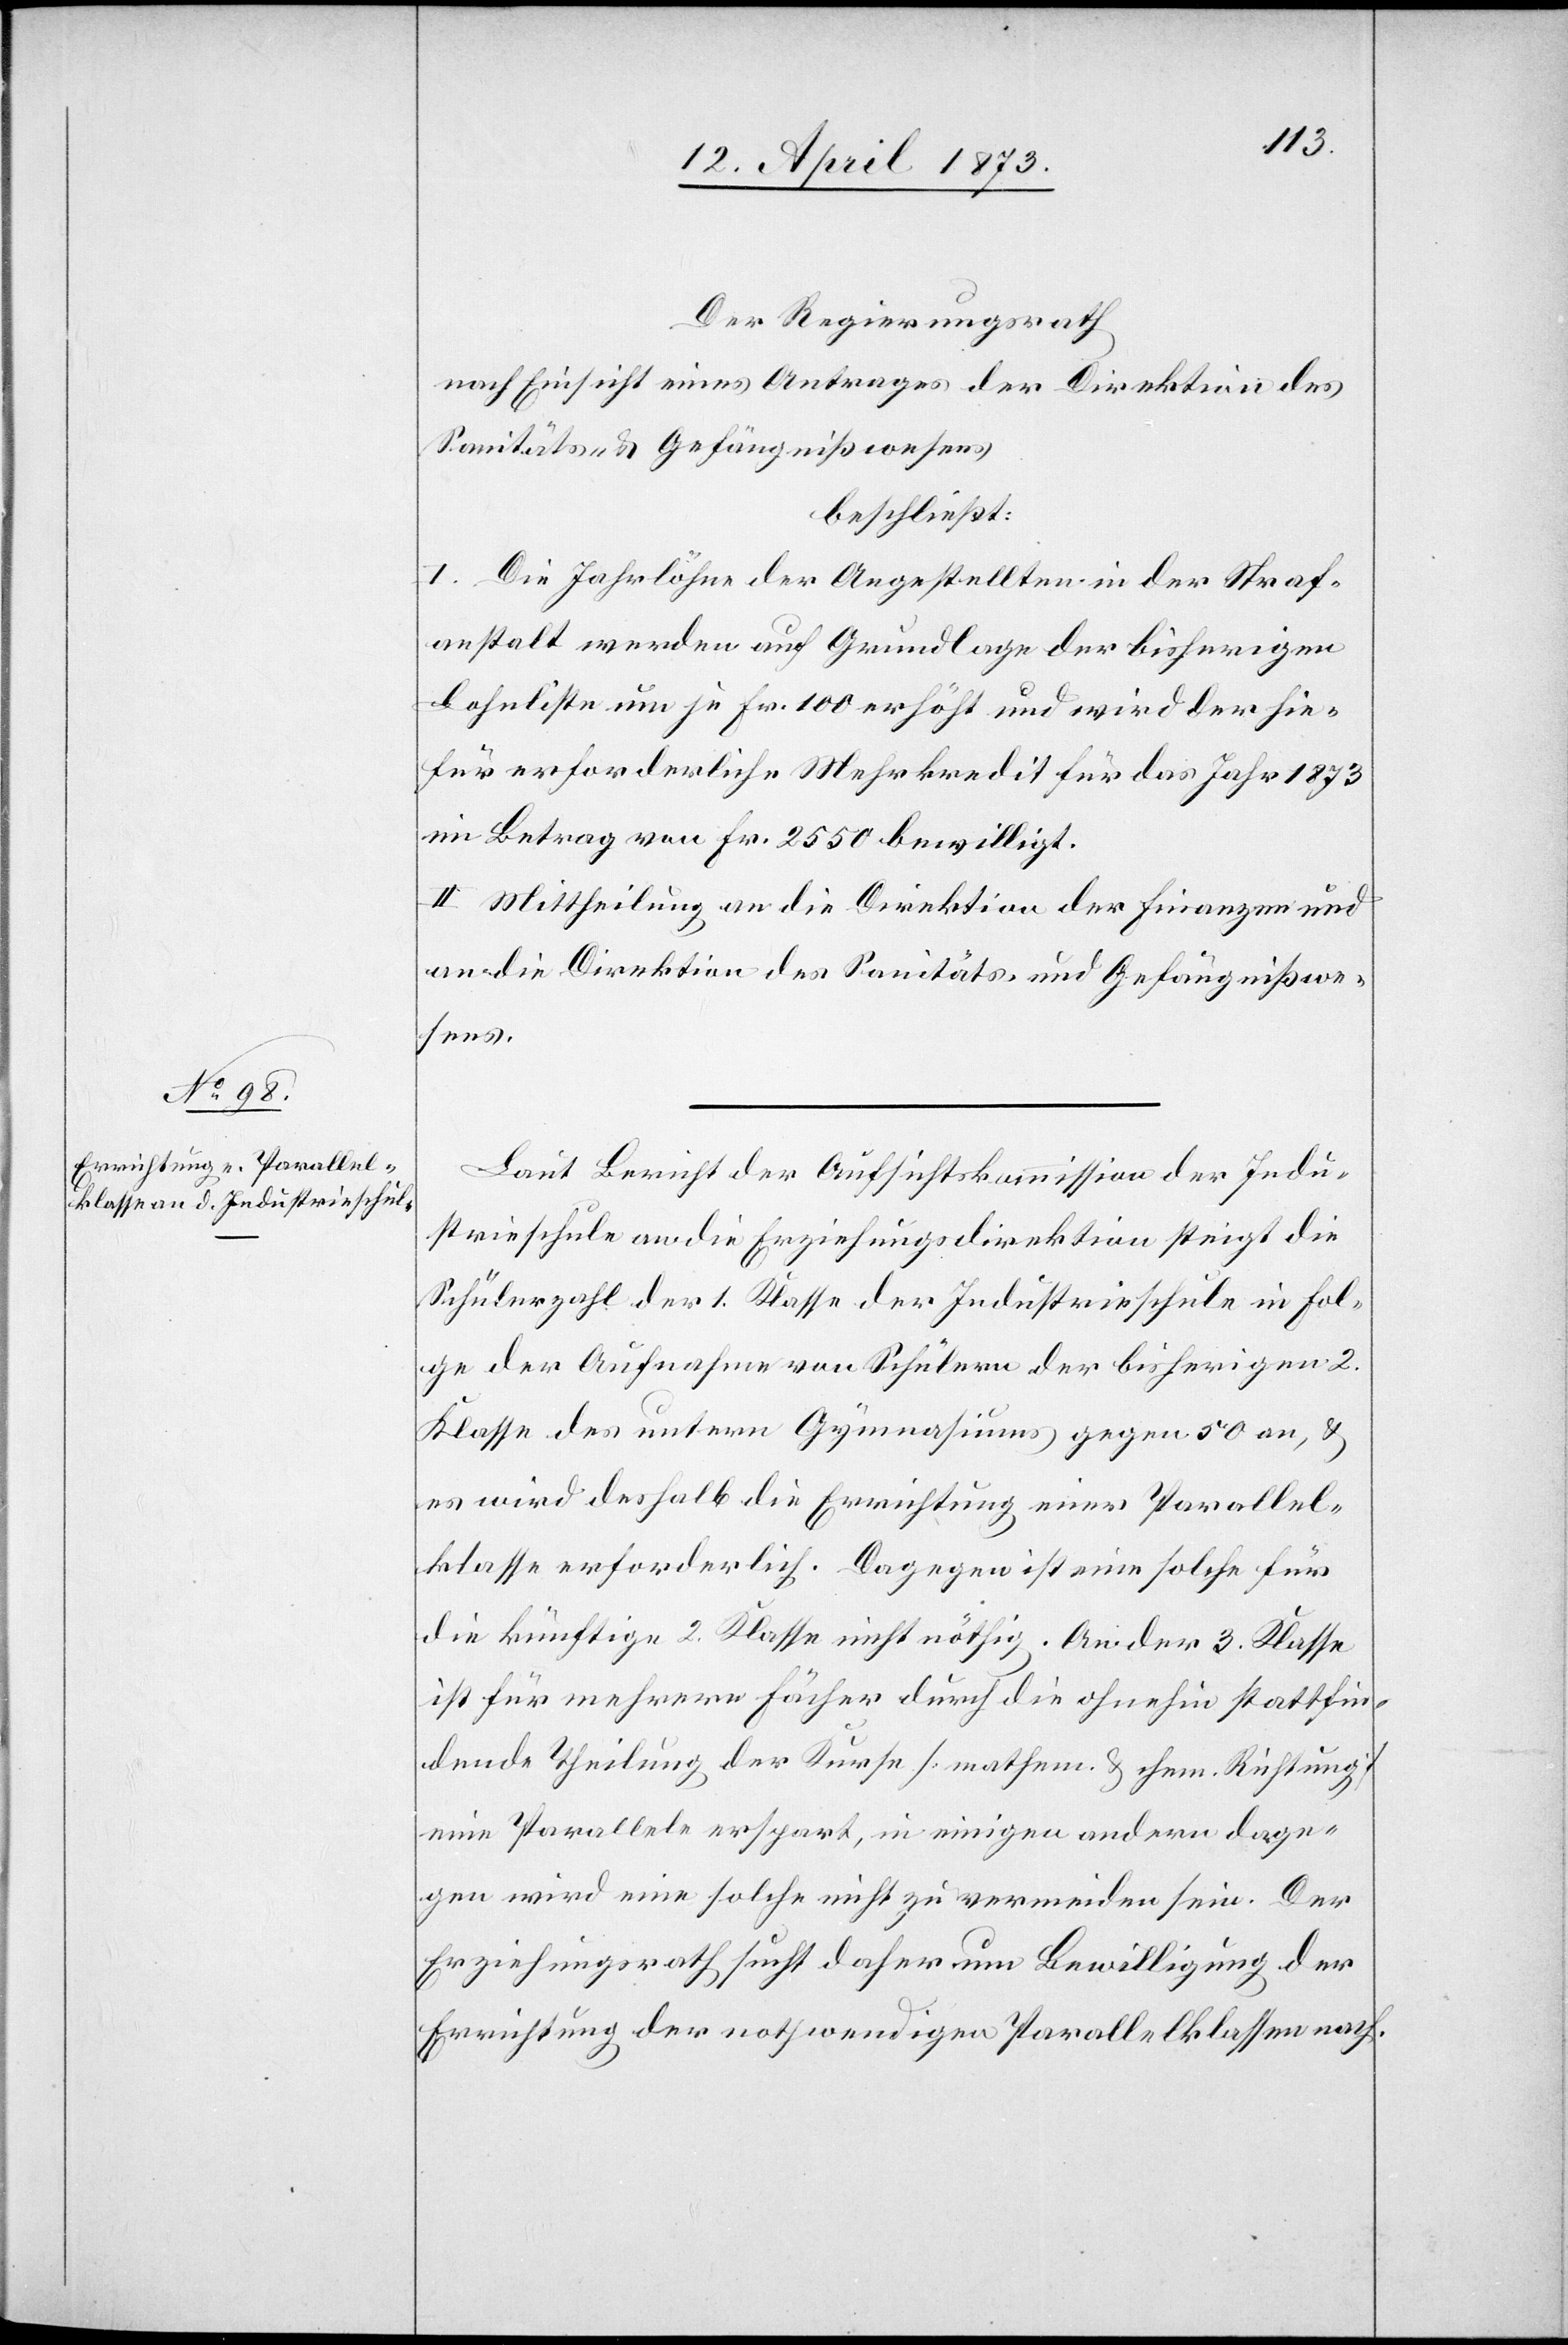
Der Regierungsrath,
nach Einsicht eines Antrages der Direktion des
Sanitäts- & Gefängniswesens
beschließt:
I. Die Jahrlöhne der Angestellten in der Straf¬
anstalt werden auf Grundlage der bisherigen
Lohnliste um je Fr. 100 erhöht und wird der hie¬
für erforderliche Mehrkredit für das Jahr 1873
im Betrag von Fr. 2550 bewilligt.
II. Mittheilung an die Direktion der Finanzen und
an die Direktion des Sanitäts- und Gefängnißwe¬
sens.
Laut Bericht der Aufsichtskommission der Indu¬
strieschule an die Erziehungsdirektion steigt die
Schülerzahl der 1. Klasse der Industrieschule in Fol¬
ge der Aufnahme von Schülern der bisherigen 2.
Klasse des untern Gymnasiums gegen 50 an, &
es wird deshalb die Errichtung einer Parallel¬
klasse erforderlich. Dagegen ist eine solche für
die künftige 2. Klasse nicht nöthig. An der 3. Klasse
ist für mehrere Fächer durch die ohnehin stattfin¬
dende Theilung der Kurse [mathem. & chem. Richtung]
eine Parallele erspart, in einigen andern dage¬
gen wird eine solche nicht zu vermeiden sein. Der
Erziehungsrath sucht daher um Bewilligung der
Errichtung der nothwendigen Parallelklassen nach.